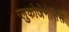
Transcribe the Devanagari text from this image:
ग्लुकोजेनेसिस